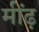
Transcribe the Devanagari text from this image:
मींढ़